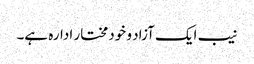
نیب ایک آزاد و خودمختار ادارہ ہے۔